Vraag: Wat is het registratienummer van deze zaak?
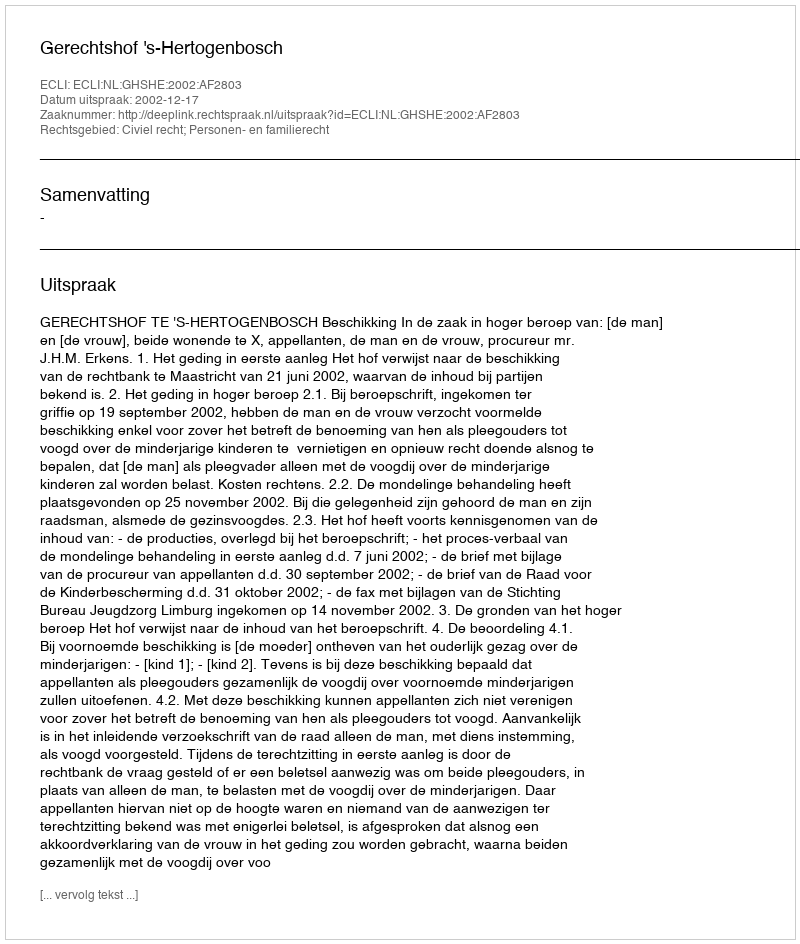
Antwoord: http://deeplink.rechtspraak.nl/uitspraak?id=ECLI:NL:GHSHE:2002:AF2803